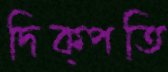
দিক্‌পতি